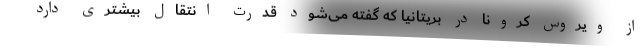
از ویروس کرونا در بریتانیا که گفته می‌شود قدرت انتقال بیشتری دارد